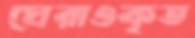
ঘেরাওকৃত